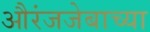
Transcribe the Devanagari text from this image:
औरंजजेबाच्या